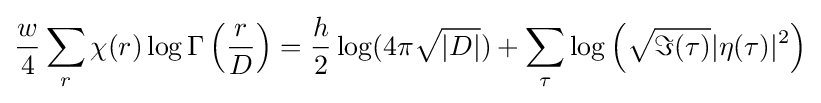
{\frac {w}{4}}\sum _{r}\chi (r)\log \Gamma \left({\frac {r}{D}}\right)={\frac {h}{2}}\log(4\pi {\sqrt {|D|}})+\sum _{\tau }\log \left({\sqrt {\Im (\tau )}}|\eta (\tau )|^{2}\right)